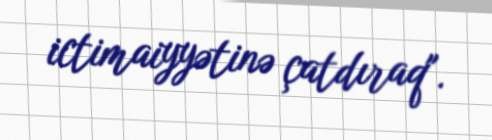
ictimaiyyətinə çatdıraq".